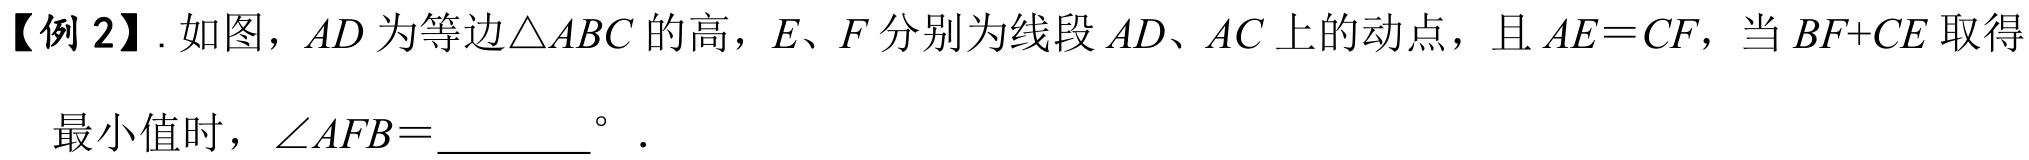
【例 2】. 如图，\(AD\)为等边\(\triangle ABC\)的高，\(E、F\)分别为线段\(AD、AC\)上的动点，且\(AE = CF\)，当\(BF + CE\)取得最小值时，\(\angle AFB = \_\_\_\_\_^{\circ}\)．